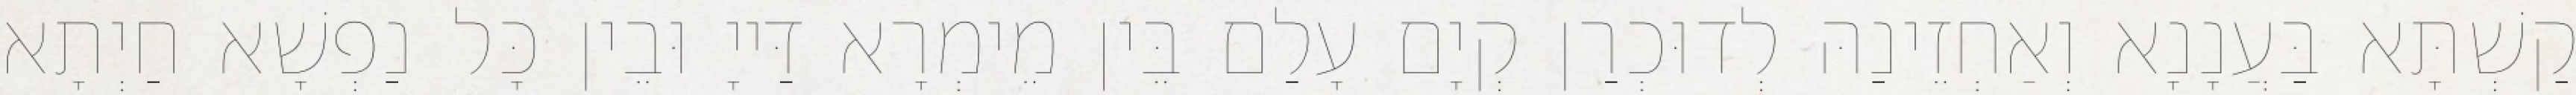
קַשְׁתָּא בַּעֲנָנָא וְאַחְזֵינַהּ לְדוּכְרַן קְיָם עָלַם בֵּין מֵימְרָא דַּייָ וּבֵין כָּל נַפְשָׁא חַיְתָא